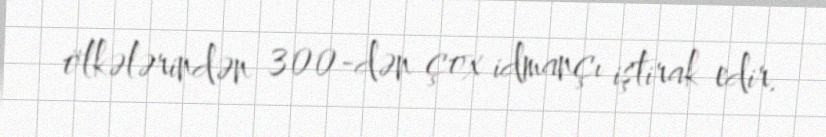
ölkələrindən 300-dən çox idmançı iştirak edir.